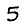
Digit: 5